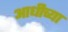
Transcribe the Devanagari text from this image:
आधीच्‍या